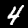
Label: 4